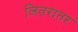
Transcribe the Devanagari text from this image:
लितरातर